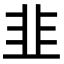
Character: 韭